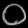
Digit: ၀